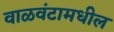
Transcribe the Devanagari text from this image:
वाळवंटामधील